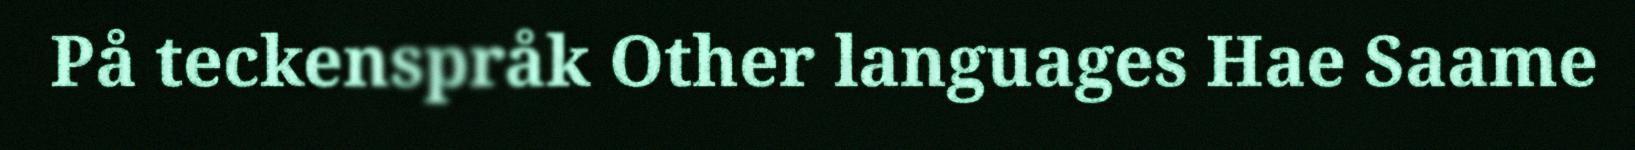
På teckenspråk Other languages Hae Saame